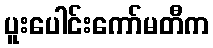
ပူးပေါင်းကော်မတီက